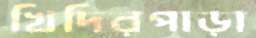
খিদিরপাড়া